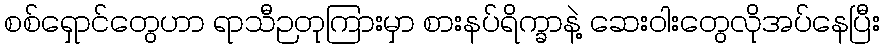
စစ်ရှောင်တွေဟာ ရာသီဉတုကြားမှာ စားနပ်ရိက္ခာနဲ့ ဆေးဝါးတွေလိုအပ်နေပြီး